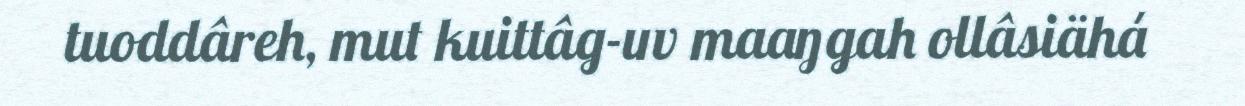
tuoddâreh, mut kuittâg-uv maaŋgah ollâsiähá